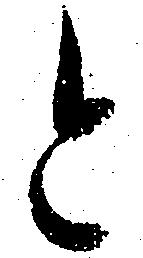
と